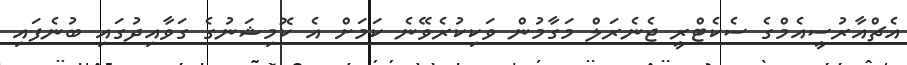
އެޗްއާރުސީއެމްގެ ސެކެޓްރީ ޖެނެރަލް މަގާމުން ވަކިކުރެވޭނެ ކަމަށް އެ ކޮމިޝަނުގެ ގަވާއިދުގައި ބުނެފައި